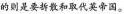
的则是要拆散和取代英帝国。